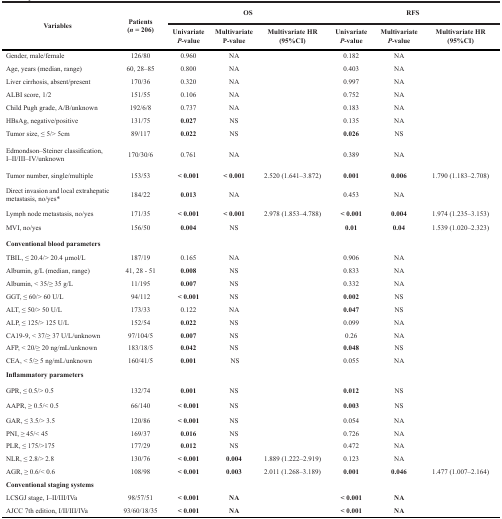
<table><thead><tr><td rowspan="2"><b>Variables</b></td><td rowspan="2"><b>Patients(<i>n</i> = 206)</b></td><td colspan="3"><b>OS</b></td><td colspan="3"><b>RFS</b></td></tr><tr><td><b>Univariate <i>P</i>-value</b></td><td><b>Multivariate P-value</b></td><td><b>Multivariate HR(95%CI)</b></td><td><b>Univariate <i>P</i>-value</b></td><td><b>Multivariate <i>P</i>-value</b></td><td><b>Multivariate HR(95%CI)</b></td></tr></thead><tbody><tr><td>Gender, male/female</td><td>126/80</td><td>0.960</td><td>NA</td><td></td><td>0.182</td><td>NA</td><td></td></tr><tr><td>Age, years (median, range)</td><td>60, 28–85</td><td>0.800</td><td>NA</td><td></td><td>0.403</td><td>NA</td><td></td></tr><tr><td>Liver cirrhosis, absent/present</td><td>170/36</td><td>0.320</td><td>NA</td><td></td><td>0.997</td><td>NA</td><td></td></tr><tr><td>ALBI score, 1/2</td><td>151/55</td><td>0.106</td><td>NA</td><td></td><td>0.752</td><td>NA</td><td></td></tr><tr><td>Child Pugh grade, A/B/unknown</td><td>192/6/8</td><td>0.737</td><td>NA</td><td></td><td>0.183</td><td>NA</td><td></td></tr><tr><td>HBsAg, negative/positive</td><td>131/75</td><td><b>0.027</b></td><td>NS</td><td></td><td>0.135</td><td>NA</td><td></td></tr><tr><td>Tumor size, ≤ 5/&gt; 5cm</td><td>89/117</td><td><b>0.022</b></td><td>NS</td><td></td><td><b>0.026</b></td><td>NS</td><td></td></tr><tr><td>Edmondson–Steiner classification,I–II/III–IV/unknown</td><td>170/30/6</td><td>0.761</td><td>NA</td><td></td><td>0.389</td><td>NA</td><td></td></tr><tr><td>Tumor number, single/multiple</td><td>153/53</td><td><b>&lt; 0.001</b></td><td><b>&lt; 0.001</b></td><td>2.520 (1.641–3.872)</td><td><b>0.001</b></td><td><b>0.006</b></td><td>1.790 (1.183–2.708)</td></tr><tr><td>Direct invasion and local extrahepatic metastasis, no/yes*</td><td>184/22</td><td><b>0.013</b></td><td>NA</td><td></td><td>0.453</td><td>NA</td><td></td></tr><tr><td>Lymph node metastasis, no/yes</td><td>171/35</td><td><b>&lt; 0.001</b></td><td><b>&lt; 0.001</b></td><td>2.978 (1.853–4.788)</td><td><b>&lt; 0.001</b></td><td><b>0.004</b></td><td>1.974 (1.235–3.153)</td></tr><tr><td>MVI, no/yes</td><td>156/50</td><td><b>0.004</b></td><td>NS</td><td></td><td><b>0.01</b></td><td><b>0.04</b></td><td>1.539 (1.020–2.323)</td></tr><tr><td colspan="8"><b>Conventional blood parameters</b></td></tr><tr><td>TBIL, ≤ 20.4/&gt; 20.4 μmol/L</td><td>187/19</td><td>0.165</td><td>NA</td><td></td><td>0.906</td><td>NA</td><td></td></tr><tr><td>Albumin, g/L (median, range)</td><td>41, 28 - 51</td><td><b>0.008</b></td><td>NS</td><td></td><td>0.833</td><td>NA</td><td></td></tr><tr><td>Albumin, &lt; 35/≥ 35 g/L</td><td>11/195</td><td><b>0.007</b></td><td>NS</td><td></td><td>0.332</td><td>NA</td><td></td></tr><tr><td>GGT, ≤ 60/&gt; 60 U/L</td><td>94/112</td><td><b>&lt; 0.001</b></td><td>NS</td><td></td><td><b>0.002</b></td><td>NS</td><td></td></tr><tr><td>ALT, ≤ 50/&gt; 50 U/L</td><td>173/33</td><td>0.122</td><td>NA</td><td></td><td><b>0.047</b></td><td>NS</td><td></td></tr><tr><td>ALP, ≤ 125/&gt; 125 U/L</td><td>152/54</td><td><b>0.022</b></td><td>NS</td><td></td><td>0.099</td><td>NA</td><td></td></tr><tr><td>CA19-9, &lt; 37/≥ 37 U/L/unknown</td><td>97/104/5</td><td><b>0.007</b></td><td>NS</td><td></td><td>0.26</td><td>NA</td><td></td></tr><tr><td>AFP, &lt; 20/≥ 20 ng/mL/unknown</td><td>183/18/5</td><td><b>0.042</b></td><td>NS</td><td></td><td><b>0.048</b></td><td>NS</td><td></td></tr><tr><td>CEA, &lt; 5/≥ 5 ng/mL/unknown</td><td>160/41/5</td><td><b>0.001</b></td><td>NS</td><td></td><td>0.055</td><td>NA</td><td></td></tr><tr><td colspan="8"><b>Inflammatory parameters</b></td></tr><tr><td>GPR, ≤ 0.5/&gt; 0.5</td><td>132/74</td><td><b>0.001</b></td><td>NS</td><td></td><td><b>0.012</b></td><td>NS</td><td></td></tr><tr><td>AAPR, ≥ 0.5/&lt; 0.5</td><td>66/140</td><td><b>&lt; 0.001</b></td><td>NS</td><td></td><td><b>0.003</b></td><td>NS</td><td></td></tr><tr><td>GAR, ≤ 3.5/&gt; 3.5</td><td>120/86</td><td><b>&lt; 0.001</b></td><td>NS</td><td></td><td>0.054</td><td>NA</td><td></td></tr><tr><td>PNI, ≥ 45/&lt; 45</td><td>169/37</td><td><b>0.016</b></td><td>NS</td><td></td><td>0.726</td><td>NA</td><td></td></tr><tr><td>PLR, ≤ 175/&gt;175</td><td>177/29</td><td><b>0.012</b></td><td>NS</td><td></td><td>0.472</td><td>NA</td><td></td></tr><tr><td>NLR, ≤ 2.8/&gt; 2.8</td><td>130/76</td><td><b>&lt; 0.001</b></td><td><b>0.004</b></td><td>1.889 (1.222–2.919)</td><td>0.123</td><td>NA</td><td></td></tr><tr><td>AGR, ≥ 0.6/&lt; 0.6</td><td>108/98</td><td><b>&lt; 0.001</b></td><td><b>0.003</b></td><td>2.011 (1.268–3.189)</td><td><b>0.001</b></td><td><b>0.046</b></td><td>1.477 (1.007–2.164)</td></tr><tr><td><b>Conventional staging systems</b></td><td></td><td></td><td></td><td></td><td></td><td></td><td></td></tr><tr><td>LCSGJ stage, I–II/III/IVa</td><td>98/57/51</td><td><b>&lt; 0.001</b></td><td><b>NA</b></td><td></td><td><b>&lt; 0.001</b></td><td><b>NA</b></td><td></td></tr><tr><td>AJCC 7th edition, I/II/III/IVa</td><td>93/60/18/35</td><td><b>&lt; 0.001</b></td><td><b>NA</b></td><td></td><td><b>&lt; 0.001</b></td><td><b>NA</b></td><td></td></tr></tbody></table>